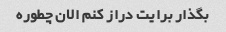
بگذار برایت دراز کنم الان چطوره